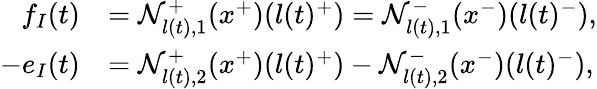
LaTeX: \begin{array}{rl}{f_{I}(t)}&{=\mathcal{N}_{l(t),1}^{+}(x^{+})(l(t)^{+})=\mathcal{N}_{l(t),1}^{-}(x^{-})(l(t)^{-}),}\\ {-e_{I}(t)}&{=\mathcal{N}_{l(t),2}^{+}(x^{+})(l(t)^{+})-\mathcal{N}_{l(t),2}^{-}(x^{-})(l(t)^{-}),}\end{array}